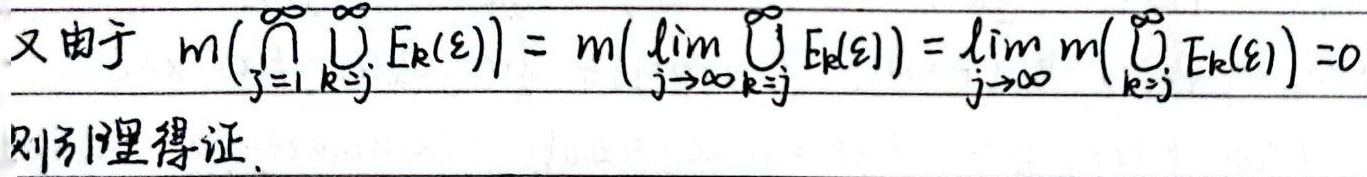
又由于 \(m\left(\bigcap_{j = 1}^{\infty}\bigcup_{k = j}^{\infty}E_{k}(\varepsilon)\right)= m\left(\lim_{j\rightarrow\infty}\bigcup_{k = j}^{\infty}E_{k}(\varepsilon)\right)=\lim_{j\rightarrow\infty}m\left(\bigcup_{k = j}^{\infty}E_{k}(\varepsilon)\right)=0\) 则引理得证．